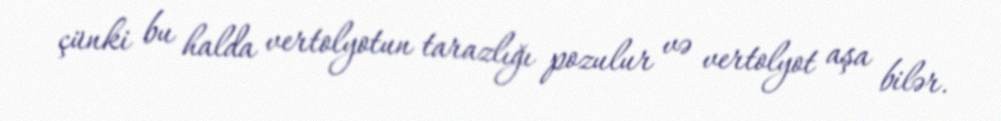
çünki bu halda vertolyotun tarazlığı pozulur və vertolyot aşa bilər.